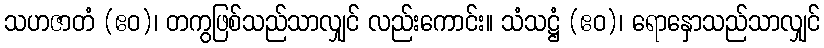
သဟဇာတံ (ဧဝ)၊ တကွဖြစ်သည်သာလျှင် လည်းကောင်း။ သံသဋ္ဌံ (ဧဝ)၊ ရောနှောသည်သာလျှင်